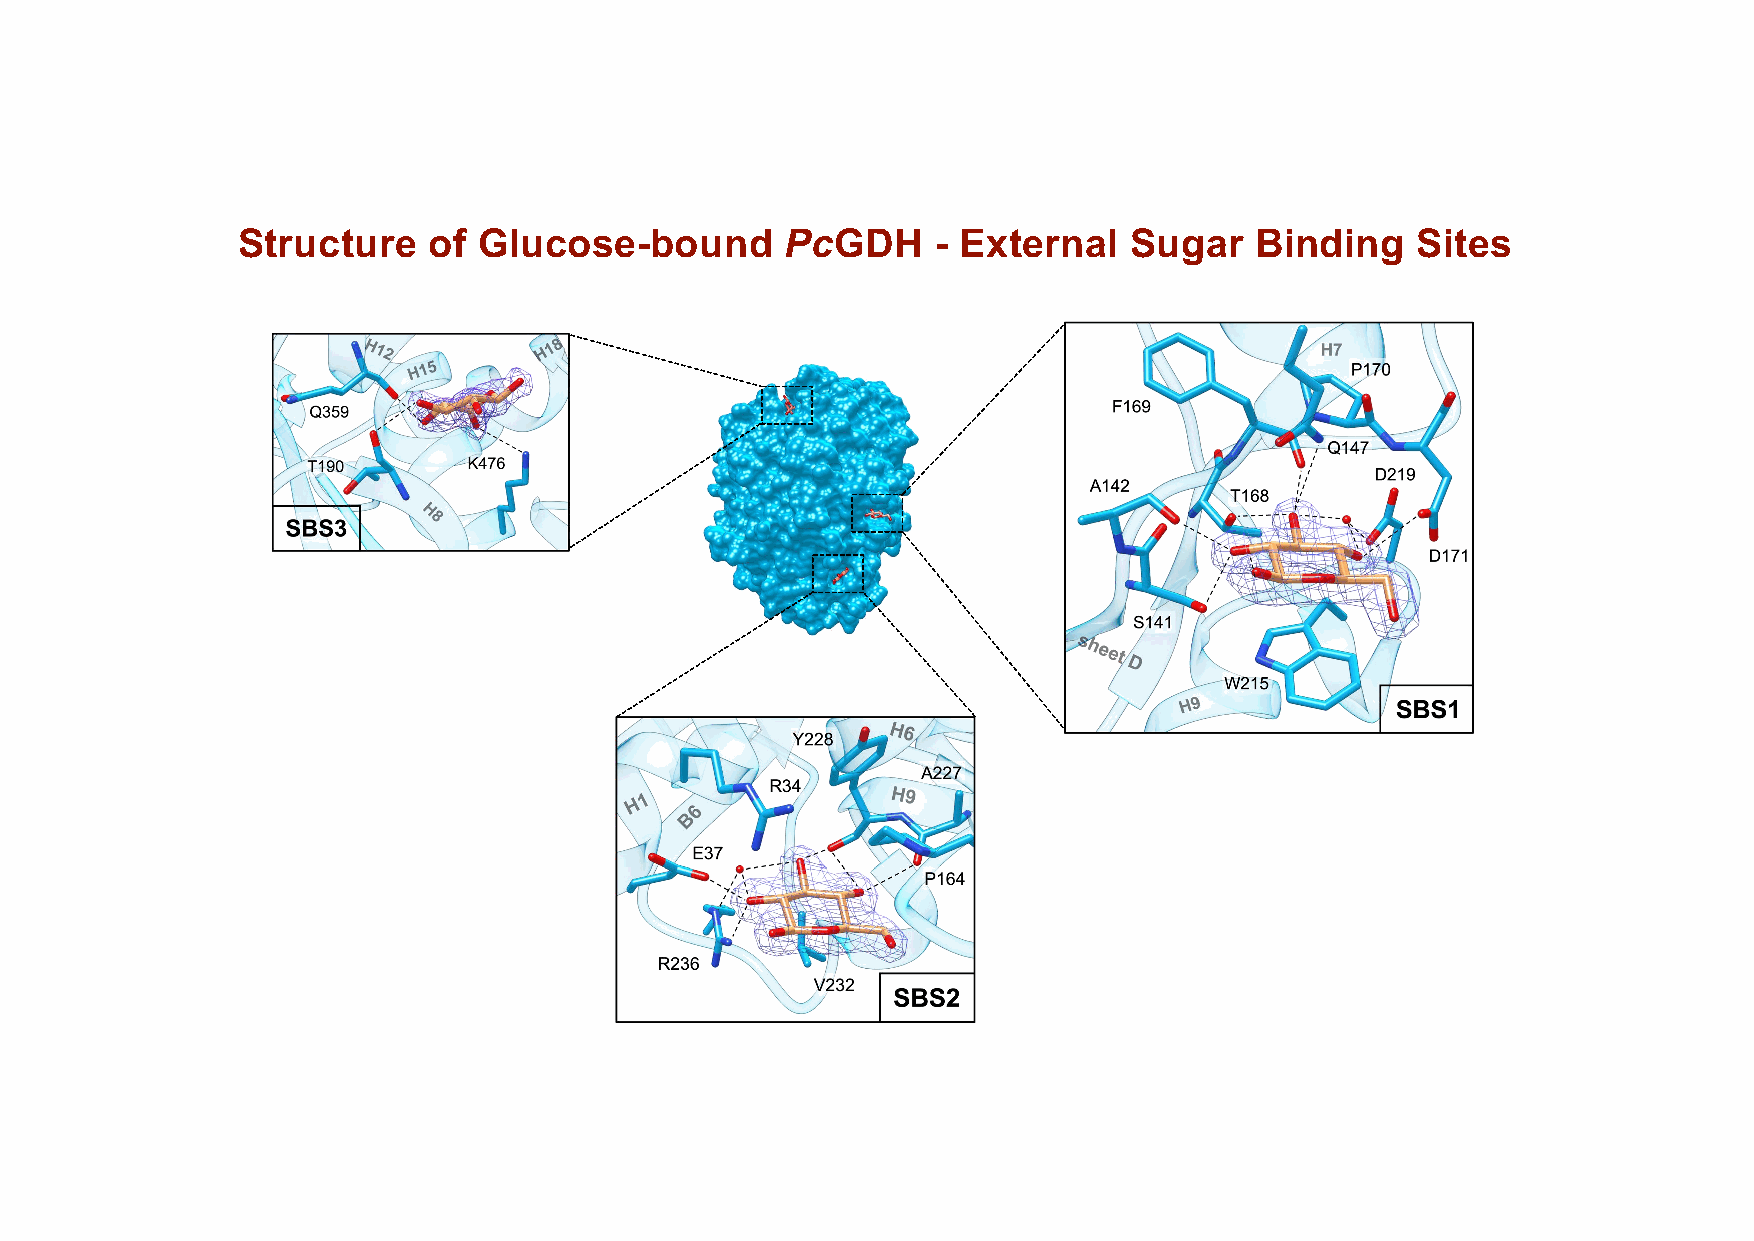
Structure   of  Glucose-bound       PcGDH     - External   Sugar   Binding    Sites